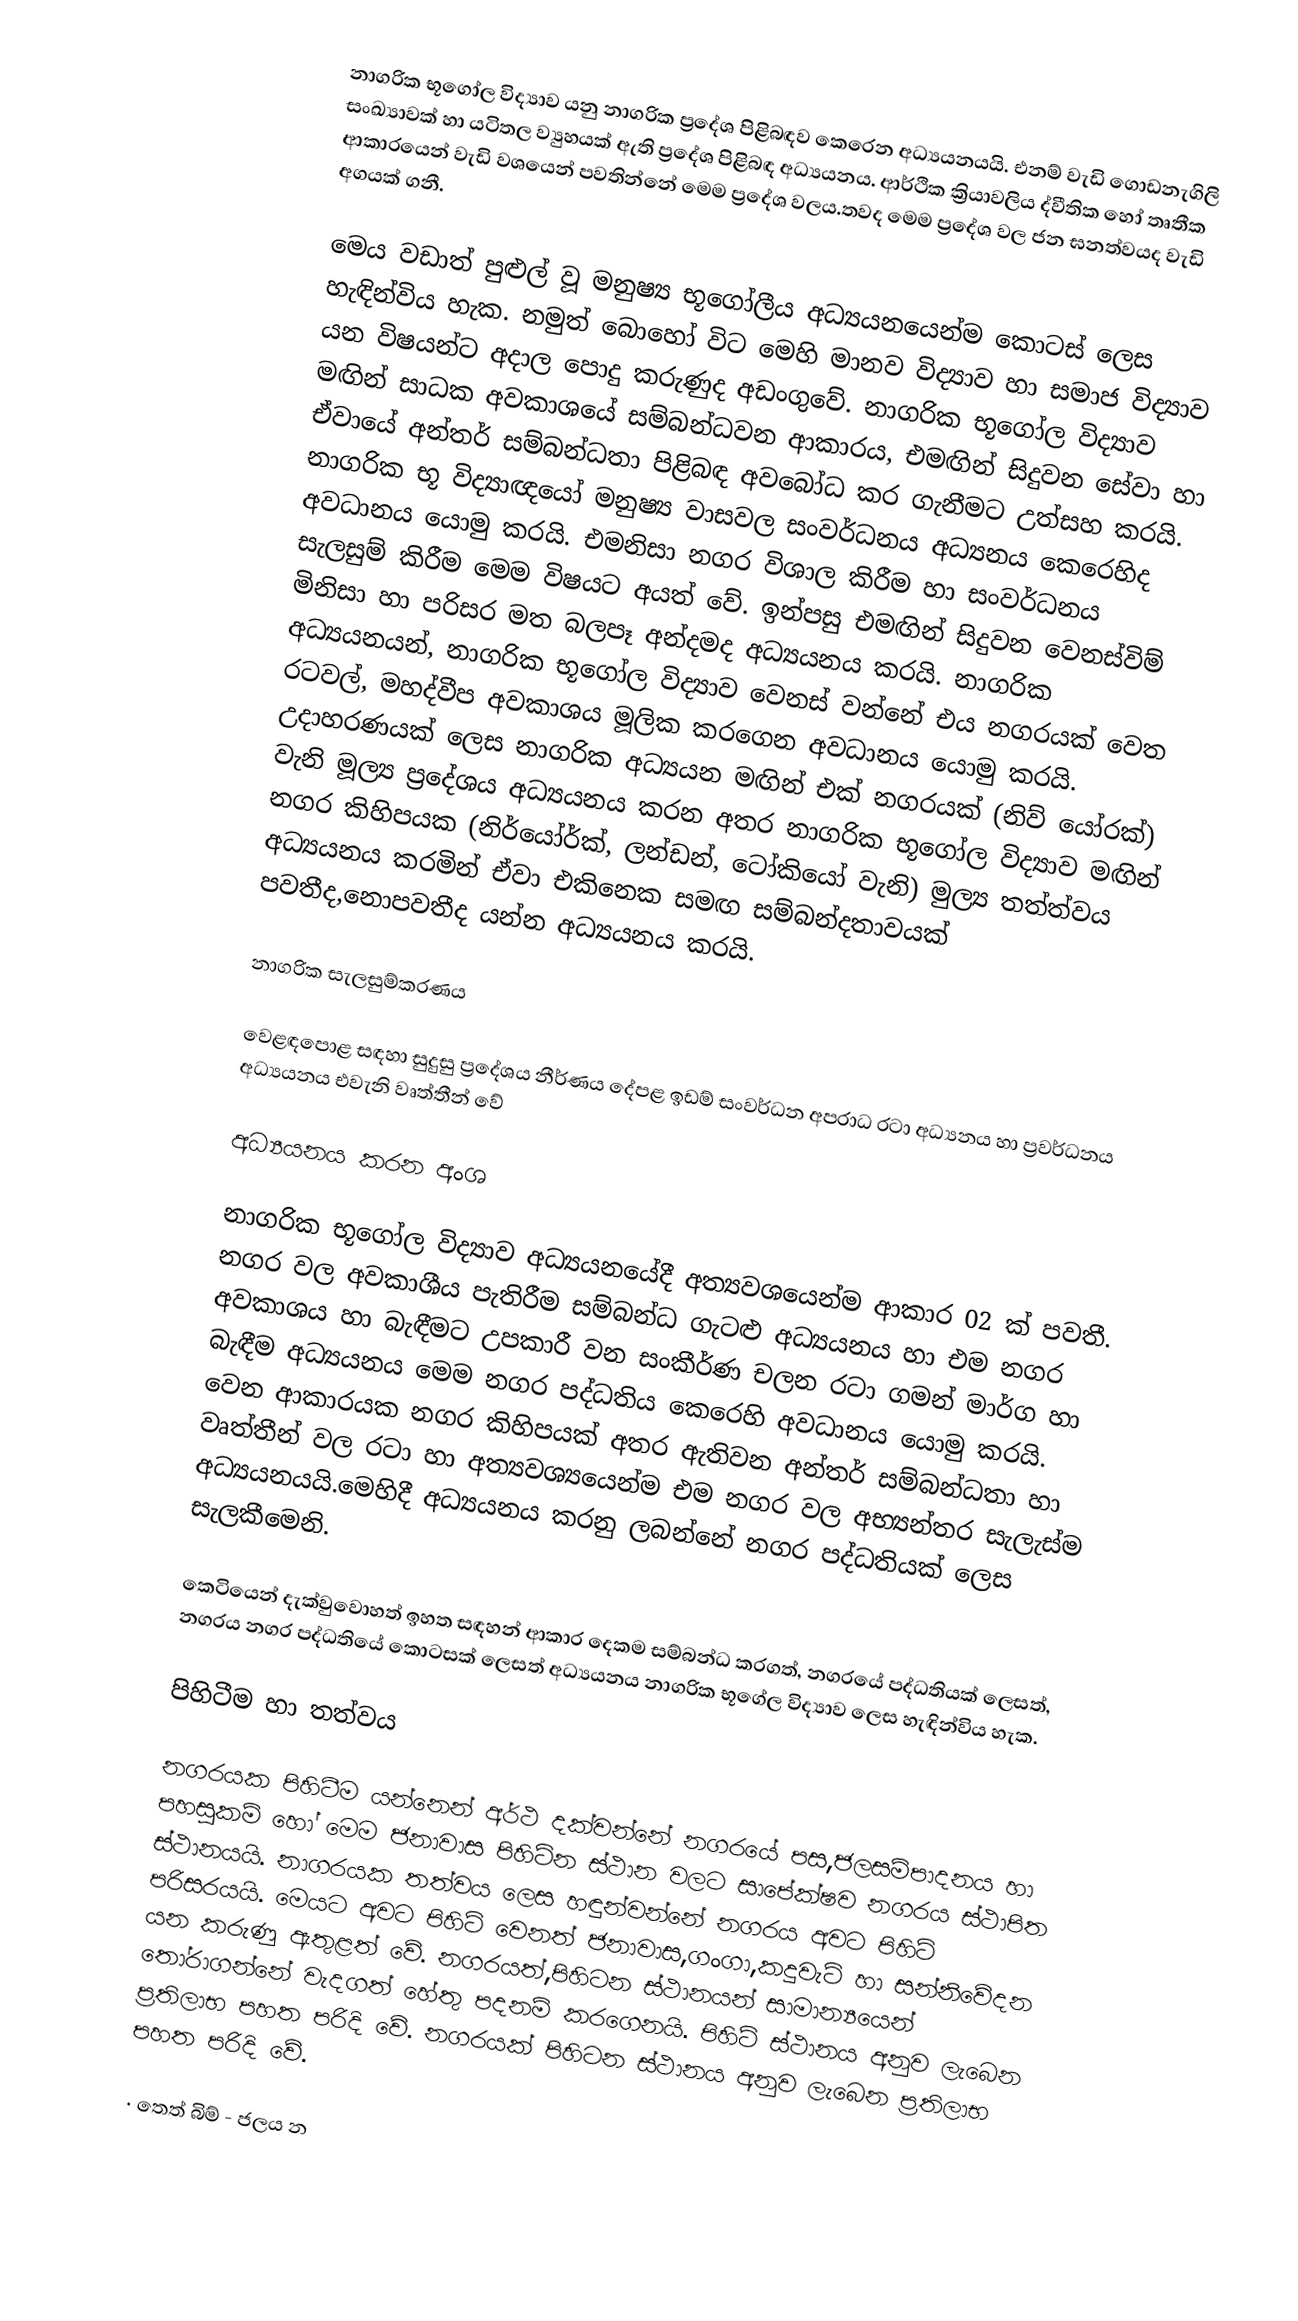
නාගරික භූගෝල විද්‍යාව යනු නාගරික ප්‍රදේශ පිළිබඳව කෙරෙන අධ්‍යයනයයි. එනම් වැඩි ගොඩනැගිලි සංඛ්‍යාවක් හා යටිතල ව්‍යුහයක් ඇති ප්‍රදේශ පිළිබඳ අධ්‍යයනය. ආර්ථික ක්‍රියාවලිය ද්වීතික ‍හෝ තෘතීක ආකාරයෙන් වැඩි වශයෙන් පවතින්නේ මෙම ප්‍රදේශ වලය.තවද මෙම ප්‍රදේශ වල ජන ඝනත්වයද වැඩි අගයක් ගනී.

මෙය වඩාත් පුළුල් වූ මනුෂ්‍ය භූගෝලීය අධ්‍යයනයෙන්ම කොටස් ලෙස හැඳින්විය හැක. නමුත් බොහෝ විට මෙහි මානව විද්‍යාව හා සමාජ විද්‍යාව යන විෂයන්ට අදාල පොදු කරුණුද අඩංගුවේ. නාගරික භූගෝල විද්‍යාව මඟින් සාධක අවකාශයේ සම්බන්ධවන ආකාරය, එමඟින් සිදුවන සේවා හා ඒවායේ අන්තර් සම්බන්ධතා පිළිබඳ අවබෝධ කර ගැනීමට උත්සහ කරයි. නාගරික භූ විද්‍යාඥයෝ මනුෂ්‍ය වාසවල සංවර්ධනය අධ්‍යනය කෙරෙහිද අවධානය යොමු කරයි. එමනිසා නගර විශාල කිරීම හා සංවර්ධනය සැලසුම් කිරීම මෙම විෂයට අයත් වේ. ඉන්පසු එමඟින් සිදුවන වෙනස්විම් මිනිසා හා පරිසර මත බලපෑ අන්දමද අධ්‍යයනය කරයි. නාගරික අධ්‍යයනයන්, නාගරික භූගෝල විද්‍යාව වෙනස් වන්නේ එය නගරයක් වෙත රටවල්, මහද්වීප අවකාශය මූලික කරගෙන අවධානය යොමු කරයි. උදාහරණයක් ලෙස නාගරික අධ්‍යයන මඟින් එක් නගරයක් (නිව් යෝරක්) වැනි මූල්‍ය ප්‍රදේශය අධ්‍යයනය කරන අතර නාගරික භූගෝල විද්‍යාව මඟින් නගර කිහිපයක (නිර්යෝර්ක්, ලන්ඩන්, ටෝකියෝ වැනි) මුල්‍ය තත්ත්වය අධ්‍යයනය කරමින් ඒවා එකිනෙක සමඟ සම්බන්දතාවයක් පවතීද,‍‍නොපවතීද යන්න අධ්‍යයනය කරයි.

නාගරික සැලසුම්කරණය

වෙළඳපොළ සඳහා සුදුසු ප්‍රදේශය නීර්ණය දේපළ ඉඩම් සංවර්ධන අපරාධ රටා අධ්‍යනය හා ප්‍රවර්ධනය අධ්‍යයනය එවැනි වෘත්තීන් වේ

අධ්‍යයනය කරන අංශ

නාගරික භූගෝල විද්‍යාව අධ්‍යයනයේදී අත්‍යවශයෙන්ම ආකාර 02 ක් පවතී. නගර වල අවකාශීය පැතිරීම සම්බන්ධ ගැටළු අධ්‍යයනය හා එම නගර අවකාශය හා බැඳීමට උපකාරී වන සංකීර්ණ චලන රටා ගමන් මාර්ග හා බැඳීම අධ්‍යයනය මෙම නගර පද්ධතිය කෙරෙහි අවධානය යොමු කරයි. වෙන ආකාරයක නගර කිහිපයක් අතර ඇතිවන අන්තර් සම්බන්ධතා හා වෘත්තීන් වල රටා හා අත්‍යවශ්‍යයෙන්ම එම නගර වල අභ්‍යන්තර සැලැස්ම අධ්‍යයනයයි.මෙහිදී අධ්‍යයනය කරනු ලබන්නේ නගර පද්ධතියක් ලෙස සැලකීමෙනි.

කෙටියෙන් දැක්වුවොහත් ඉහත සඳහන් ආකාර දෙකම සම්බන්ධ කරගත්, නගරයේ පද්ධතියක් ලෙසත්, නගරය නගර පද්ධතියේ කොටසක් ලෙසත් අධ්‍යයනය නාගරික භූගේල විද්‍යාව ලෙස හැඳින්විය හැක.

පිහිටීම හා තත්වය

නගරයක පිහිටීම යන්නෙන් අර්ථ දක්වන්නේ නගරයේ පස,ජලසම්පාදනය හා පහසුකම් හෝ මෙම ජනාවාස පිහිටින ස්ථාන වලට සාපේක්ෂව නගරය ස්ථාපිත ස්ථානයයි. නාගරයක තත්වය ලෙස හඳුන්වන්නේ නගරය අවට පිහිටි පරිසරයයි. මෙයට අවට පිහිටි වෙනත් ජනාවාස,ගංගා,කදුවැටි හා සන්නිවේදන යන කරුණු ඇතුළත් වේ. නගරයත්,පිහිටන ස්ථානයන් සාමාන්‍යයෙන් තෝරාගන්නේ වැදගත් හේතු පදනම් කරගෙනයි. පිහිටි ස්ථානය අනුව ලැබෙන ප්‍රතිලාභ පහත පරිදි වේ. නගරයක් පිහිටන ස්ථානය අනුව ලැබෙන ප්‍රතිලාභ පහත පරිදි වේ.

·	තෙත් බිම් - ජලය න